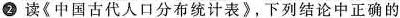
2 读《中国古代人口分布统计表》，下列结论中正确的